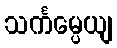
သင်္ကမ္ပေယျ